Bréfritari: Sigríður Pálsdóttir
Viðtakandi: Páll Pálsson
Dagsetning: A-1858-03-01
Skrifað á: Hraungerði  Árn.
Páll var bróðir Sigríðar

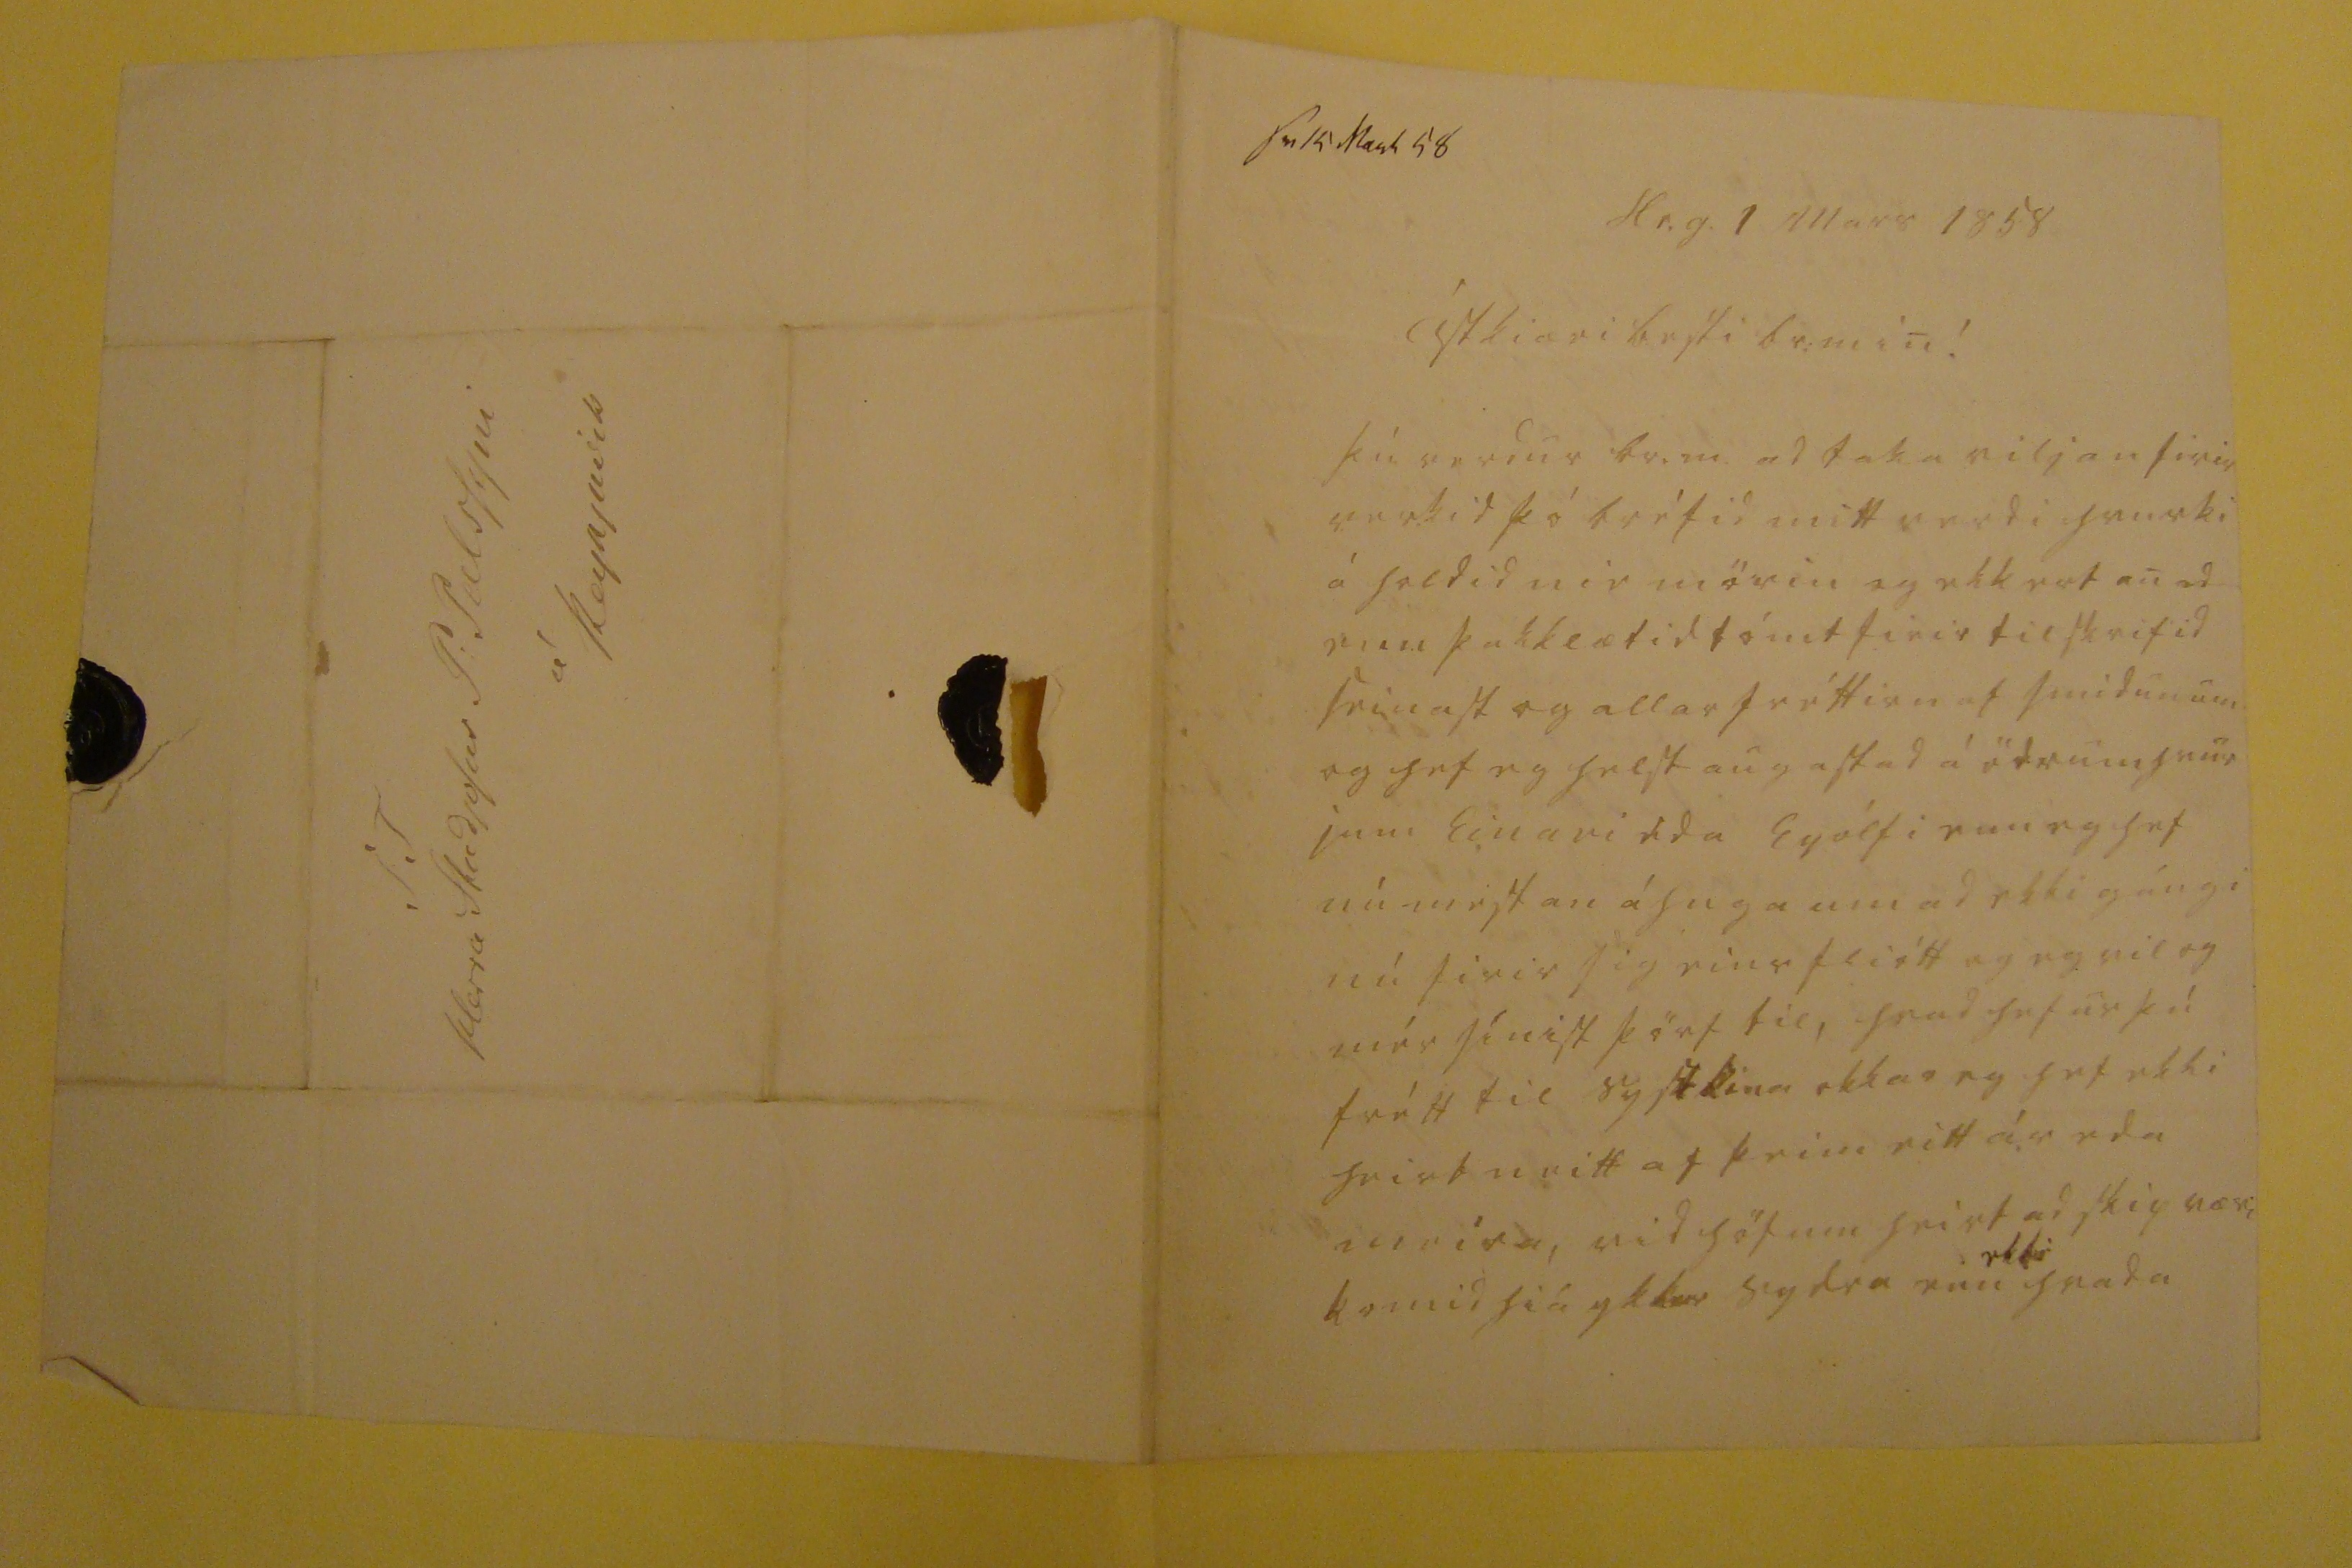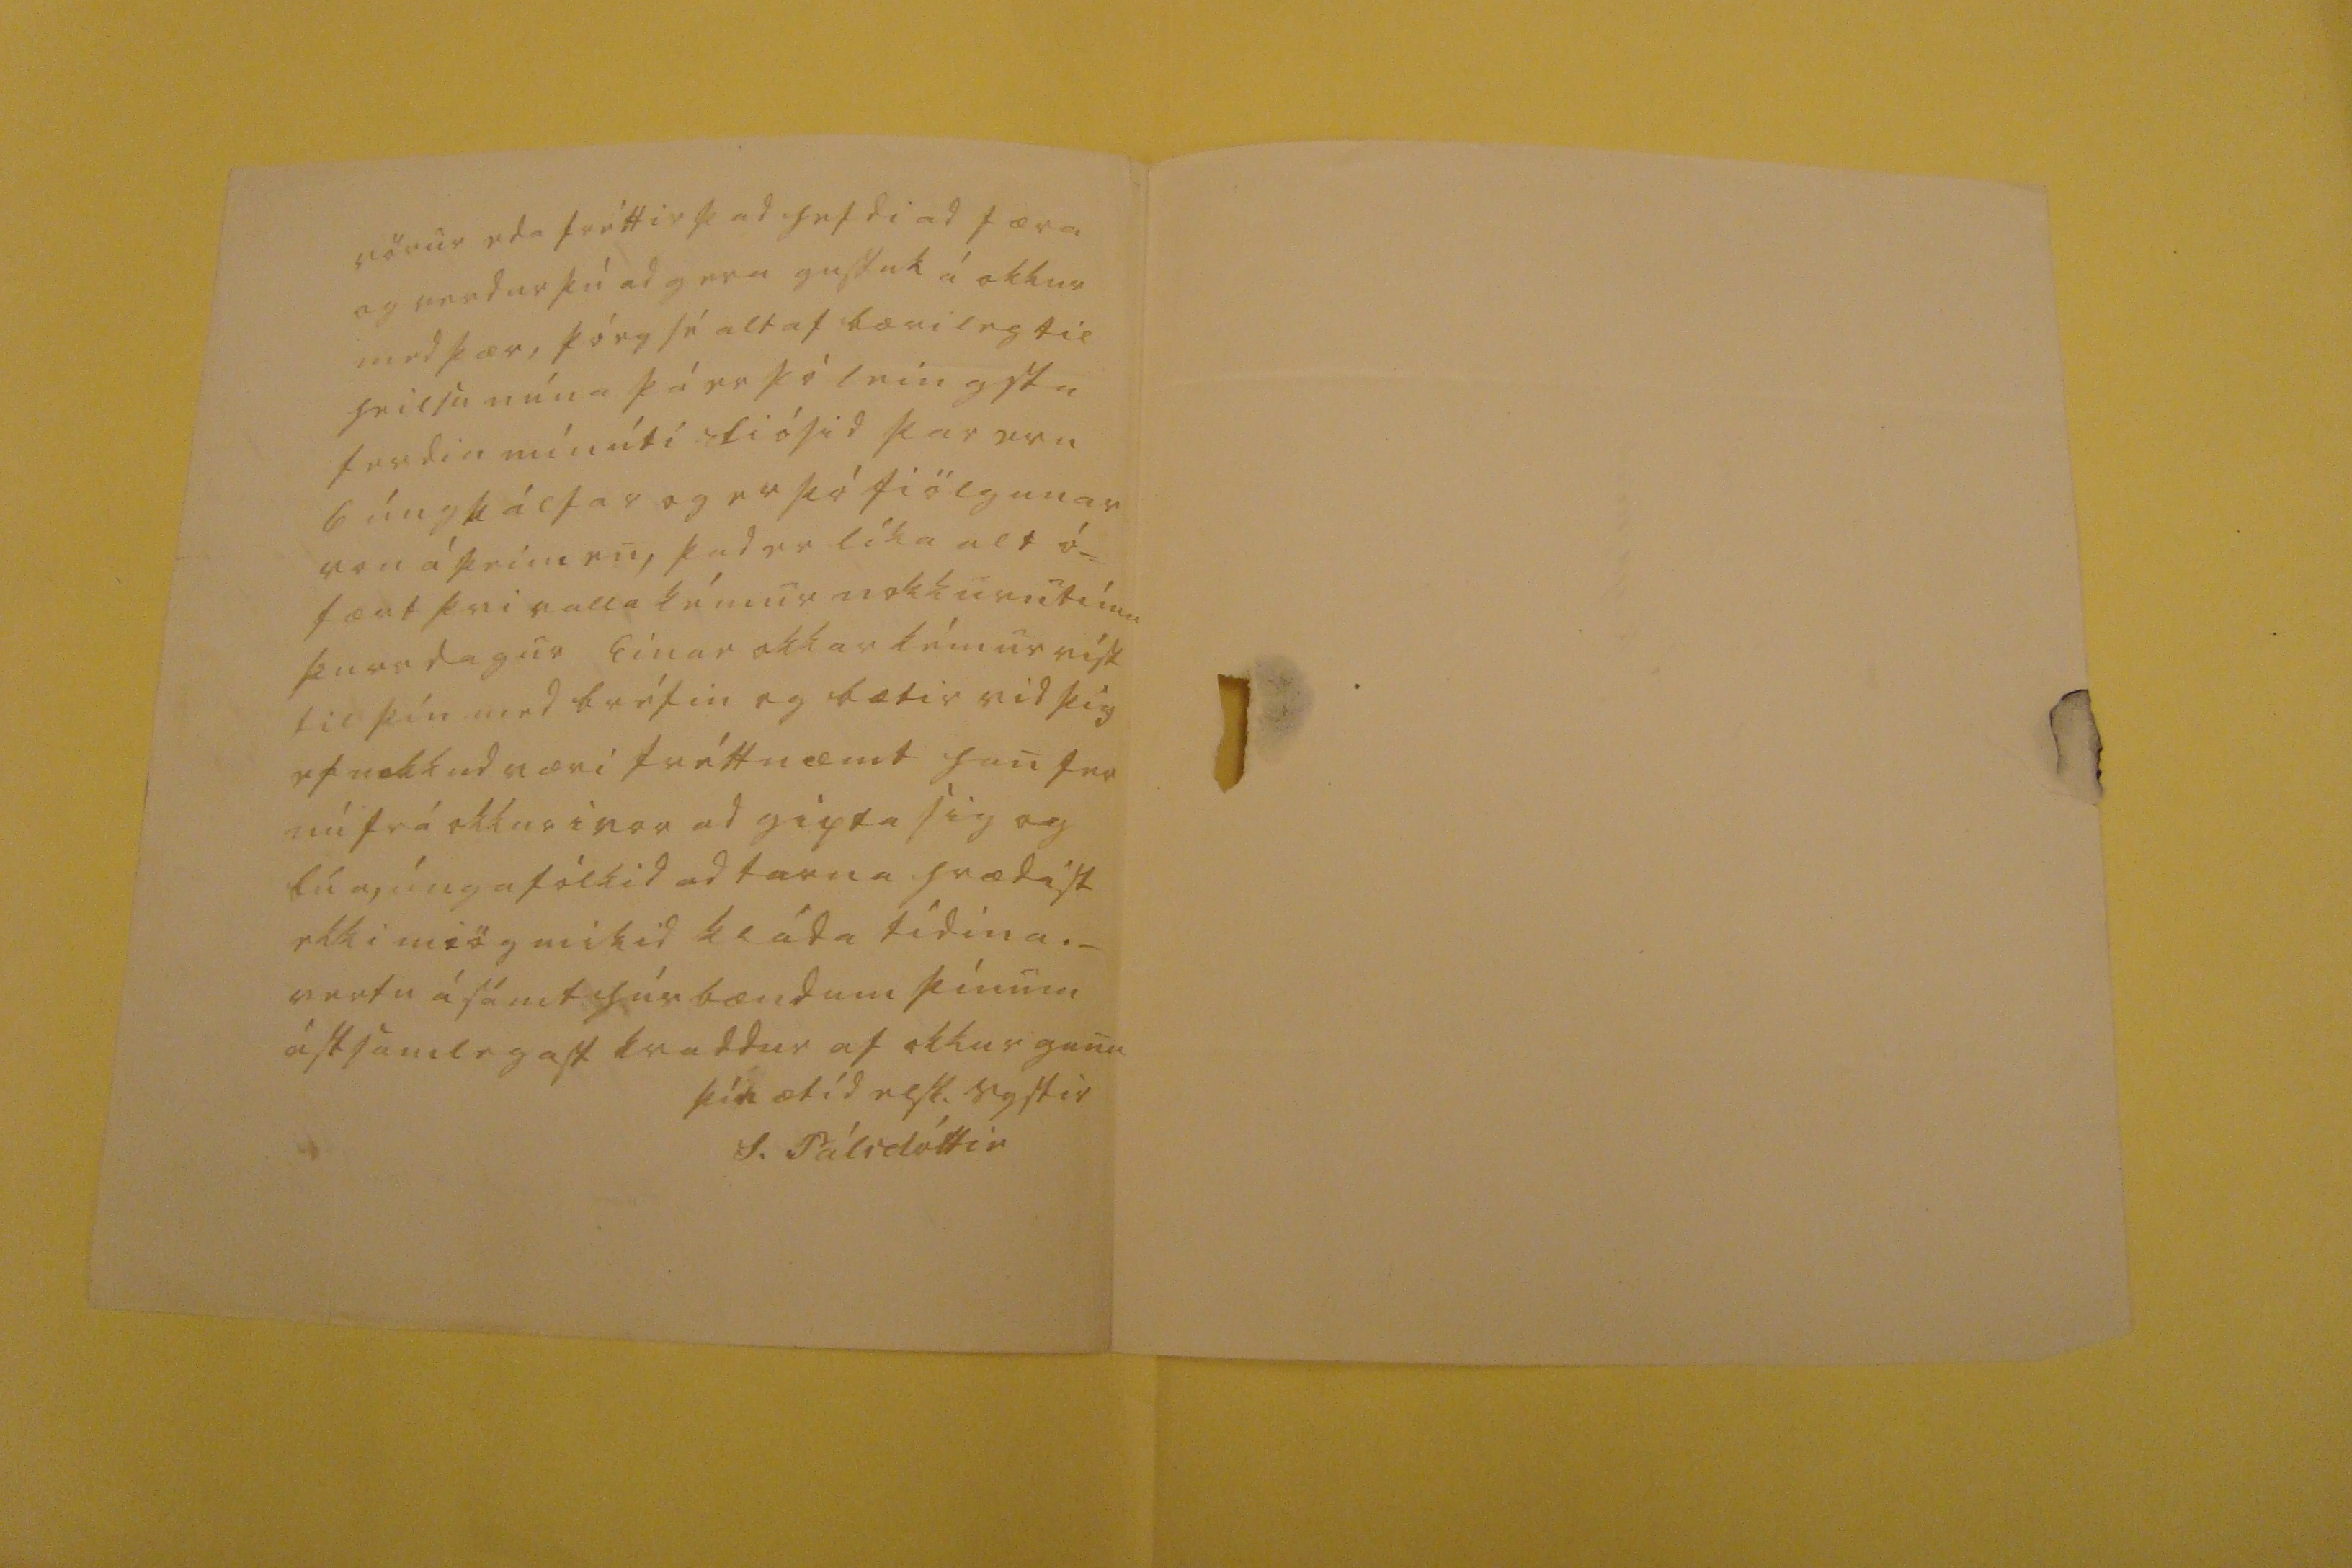

sv. 15 Mar0 58
Hr.g. 1 Mars 1858
Ástkiæri besti br: min!
Þú verdur br.m. ad taka viljan firir verkid þó bréfid mitt verdi hvurki á haldid nie mörin og ekkert anad enn þakklætid tómt firir tilskrifid seinast og allar fréttirn af smidunum og hef eg helst augastad á ödrumhvur jum Einari eda Eyólfi enn eg hef nú mestan áhuga um ad ekki gángi nú firir sig eins fliótt og eg vil og mér sínist þörf til, hvad hefur þú frétt til systkina okkar eg hef ekki heirt neitt af þeim eitt ár eda meira, vid höfum heirt ad skip væri komid hiá ykkur sydra enn
ekki
hvada vörur eda fréttir þad hefdi ad færa og verdur þú ad gera
gustuk
á okkur med þær, þó eg sé altaf bærileg til heilsu núna þá er þó leingstu ferdin mín útí fiósid þar eru 6 úngkálfar og er þó fiölgunar von á þeim en, þad er líka alt ó= fært þvi valla kémur nokkurntíma þurr dagur Einar okkar kémur
vísk
til þín med bréfin og bætir vid þig ef nokkud væri fréttnæmt han fer nú frá okkur i vor ad gipta sig og
búa,
úngafólkid ad tarna hrædist ekki miög mikid kláda tídina._ vertu ásámt húsbændum þínum ástsamlegast kvaddur af okkur gunu
þín ætíd elsk. systir
S. Pálsdóttir
S T Herra Studjosus P:Palssyni á Reykjavik